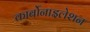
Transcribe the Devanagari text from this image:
कार्बोनाइलेशन